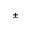
^ { \pm }